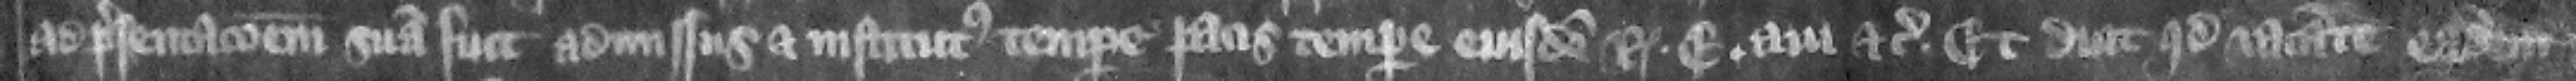
ad presentacionem suam fuit admissus et institutus tempore pacis tempore eiusdem regis Edwardi aui etc. Et dicit quod vacante cadem